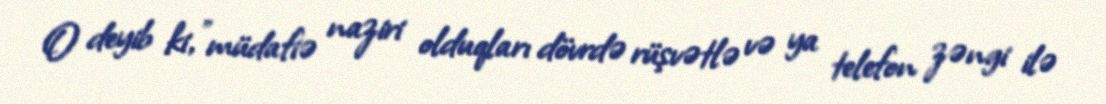
O deyib ki, "müdafiə naziri olduqları dövrdə rüşvətlə və ya telefon zəngi ilə